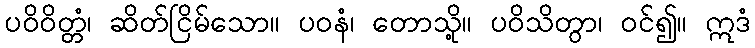
ပဝိဝိတ္တံ၊ ဆိတ်ငြိမ်သော။ ပဝနံ၊ တောသို့။ ပဝိသိတွာ၊ ဝင်၍။ ဣဒံ